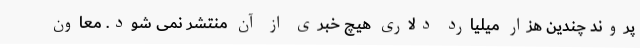
پروند چندین هزار میلیارد دلاری هیچ خبری از آن منتشر نمی شود. معاون